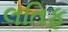
લતિફ